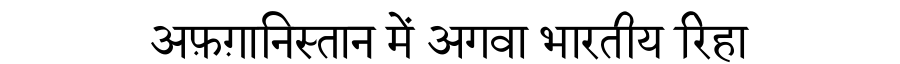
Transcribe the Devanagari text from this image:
अफ़ग़ानिस्तान में अगवा भारतीय रिहा